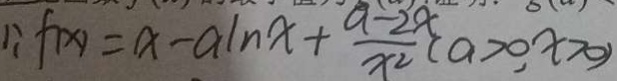
\because f ( x ) = x - a \ln x + \frac { a - 2 x } { x ^ { 2 } } ( a > 0 , x > 0 )